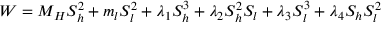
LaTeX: W = M _ { H } S _ { h } ^ { 2 } + m _ { l } S _ { l } ^ { 2 } + \lambda _ { 1 } S _ { h } ^ { 3 } + \lambda _ { 2 } S _ { h } ^ { 2 } S _ { l } + \lambda _ { 3 } S _ { l } ^ { 3 } + \lambda _ { 4 } S _ { h } S _ { l } ^ { 2 }